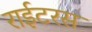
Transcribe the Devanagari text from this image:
राईटरस